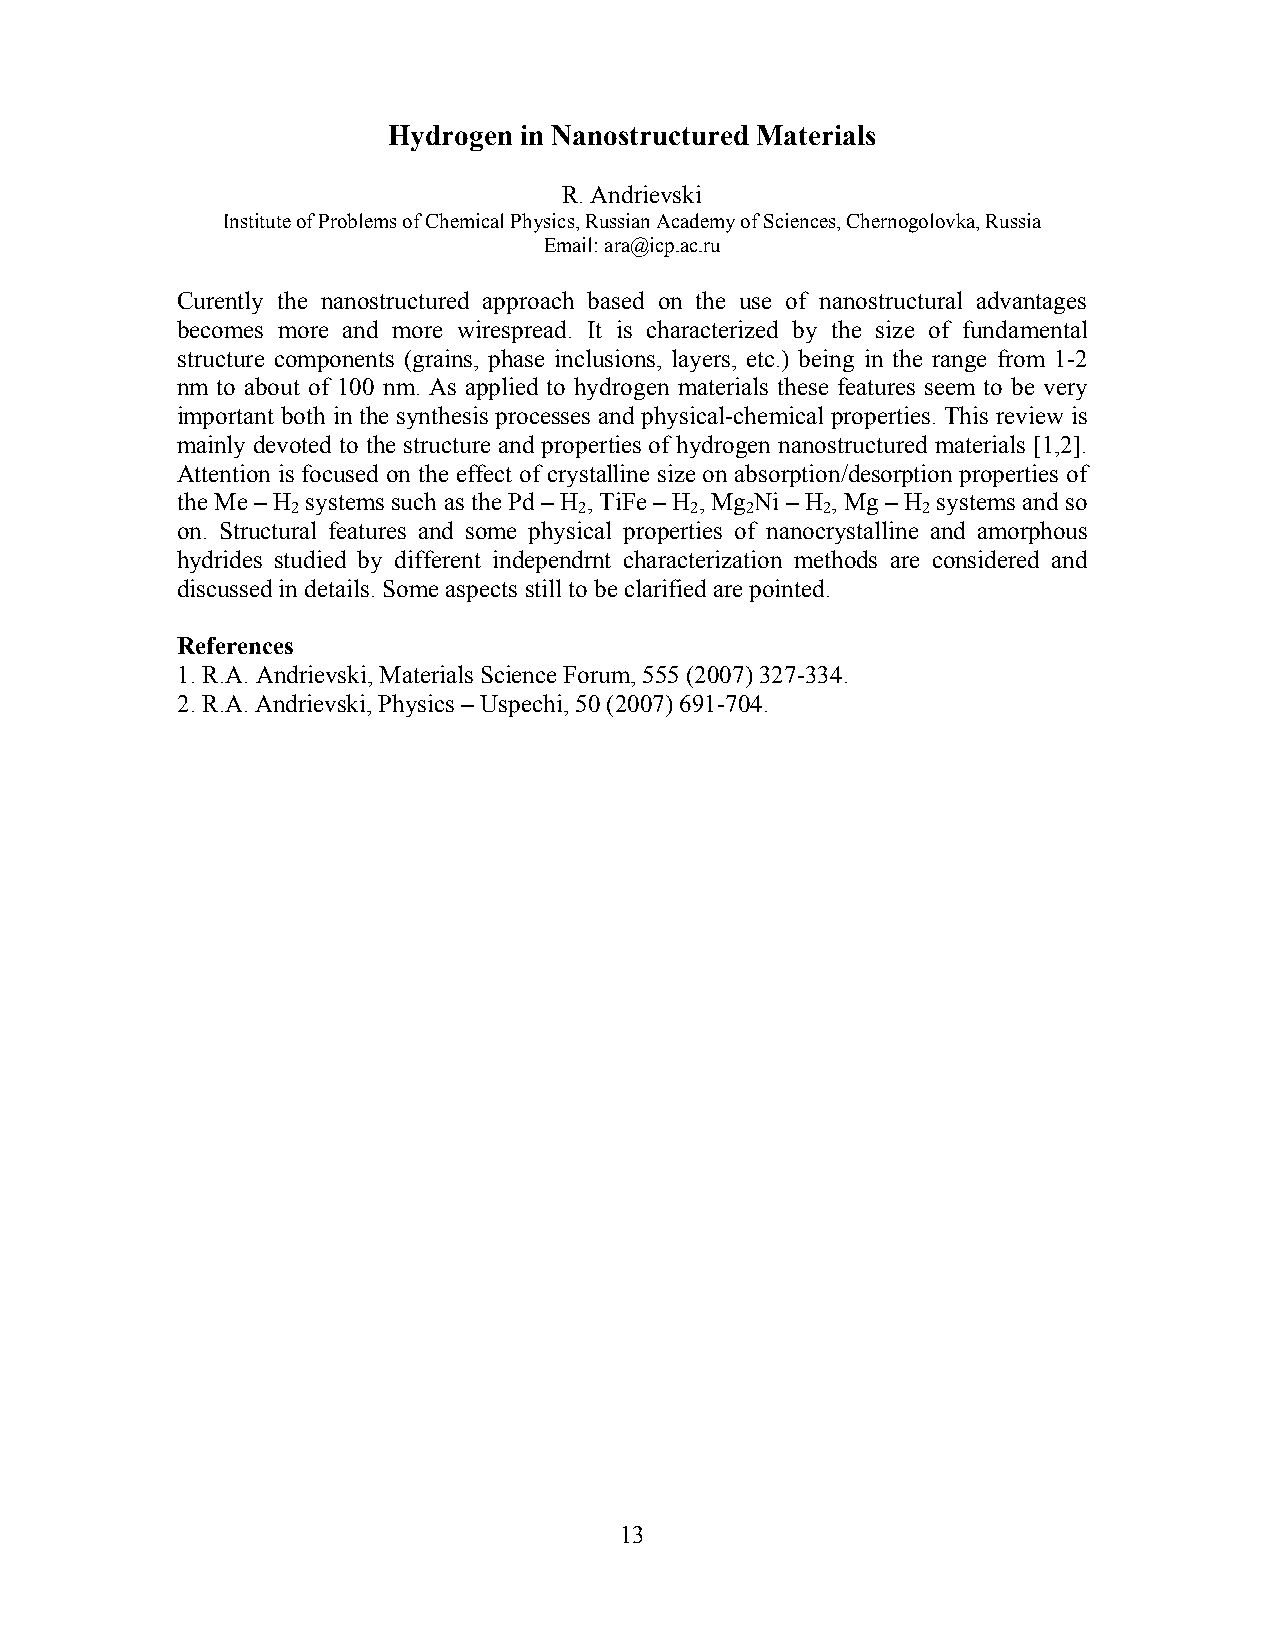
Hydrogen in Nanostructured Materials
 R. Andrievski
 Institute of Problems of Chemical Physics, Russian Academy of Sciences, Chernogolovka, Russia
 Email: ara@icp.ac.ru
 Curently the nanostructured approach based on the use of nanostructural advantages
 becomes more and more wirespread. It is characterized by the size of fundamental
 structure components (grains, phase inclusions, layers, etc.) being in the range from 1-2
 nm to about of 100 nm. As applied to hydrogen materials these features seem to be very
 important both in the synthesis processes and physical-chemical properties. This review is
 mainly devoted to the structure and properties of hydrogen nanostructured materials [1,2].
 Attention is focused on the effect of crystalline size on absorption/desorption properties of
 the Me – H systems such as the Pd – H , TiFe – H , Mg Ni – H , Mg – H systems and so
 2                  2       2  2    2      2
 on. Structural features and some physical properties of nanocrystalline and amorphous
 hydrides studied by different independrnt characterization methods are considered and
 discussed in details. Some aspects still to be clarified are pointed.
 References
 1. R.A. Andrievski, Materials Science Forum, 555 (2007) 327-334.
 2. R.A. Andrievski, Physics – Uspechi, 50 (2007) 691-704.
 13